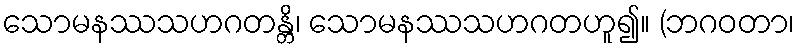
သောမနဿသဟဂတန္တိ၊ သောမနဿသဟဂတဟူ၍။ (ဘဂဝတာ၊